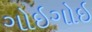
ગોઇગોઇ